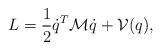
\begin{align*}L=\frac 12 \dot{q}^T{\cal M}\dot{q}+{\cal V}(q), \end{align*}